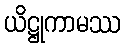
ယိဋ္ဌုကာမဿ